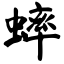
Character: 蟀